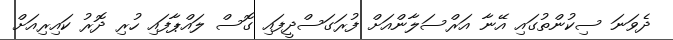
ދެވަނަ ސިކުންތުގައި އޭނާ އަރްސަލާންއަށް ފުރަގަސްދީފައި ގޮސް ލައްޕާފައި ހުރި ދޮރު ކައިރިއަށް